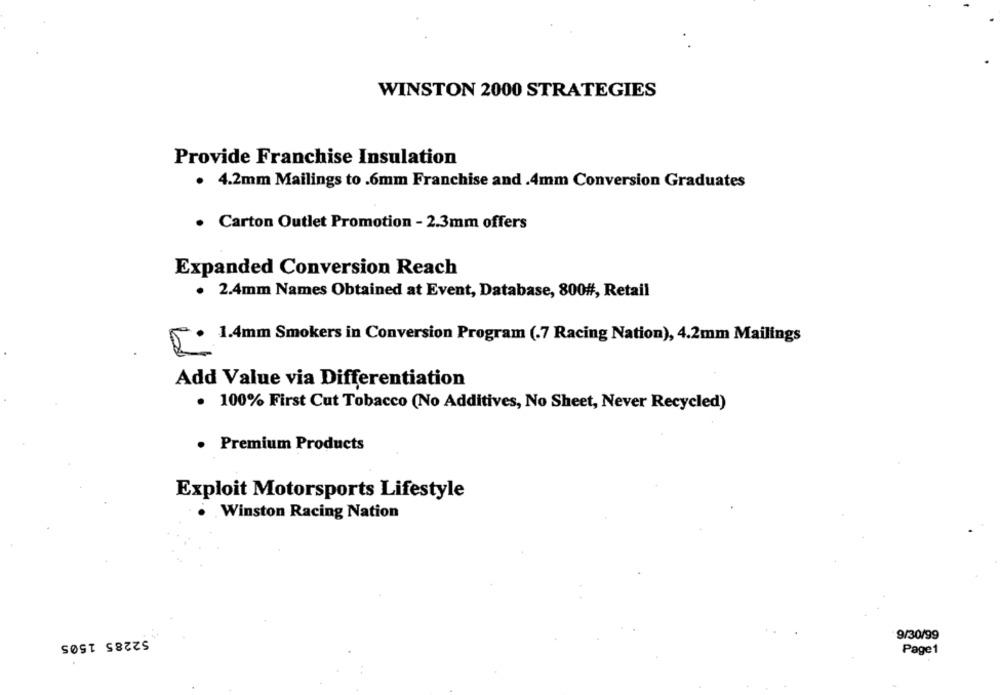
WINSTON 2000 STRATEGIES
Provide Franchise Insulation
. 4.2mm Mailings to .6mm Franchise and .4mm Conversion Graduates
· Carton Outlet Promotion - 2.3mm offers
Expanded Conversion Reach
. 2.4mm Names Obtained at Event, Database, 800#, Retail
1.4mm Smokers in Conversion Program (.7 Racing Nation), 4.2mm Mailings
Add Value via Differentiation
· 100% First Cut Tobacco (No Additives, No Sheet, Never Recycled)
. Premium Products
Exploit Motorsports Lifestyle
Winston Racing Nation
52285 1505
9/30/99
Page1